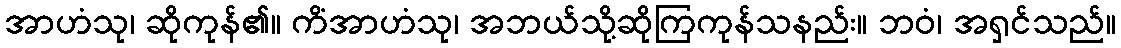
အာဟံသု၊ ဆိုကုန်၏။ ကိံအာဟံသု၊ အဘယ်သို့ဆိုကြကုန်သနည်း။ ဘဝံ၊ အရှင်သည်။